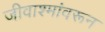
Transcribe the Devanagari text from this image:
जीवाश्मांवरून